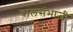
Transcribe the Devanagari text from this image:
बालसंभाजी